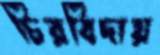
চিরবিদায়